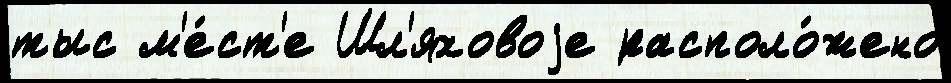
тыс м'е́ст'е Шл'яховоjе располо́жено